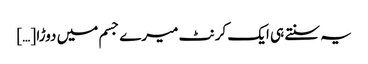
یہ سنتے ہی ایک کرنٹ میرے جسم میں دوڑا […]